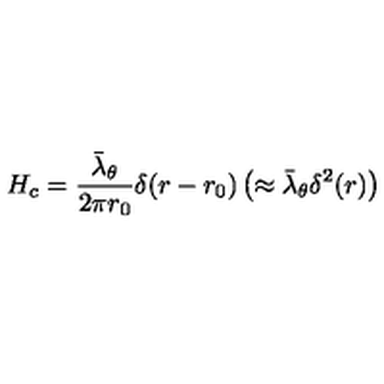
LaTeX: H _ { c } = \frac { \bar { \lambda } _ { \theta } } { 2 \pi r _ { 0 } } \delta ( r - r _ { 0 } ) \left( \approx \bar { \lambda } _ { \theta } \delta ^ { 2 } ( r ) \right)